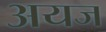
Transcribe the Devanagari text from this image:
अयज